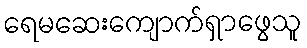
ရေမဆေးကျောက်ရှာဖွေသူ